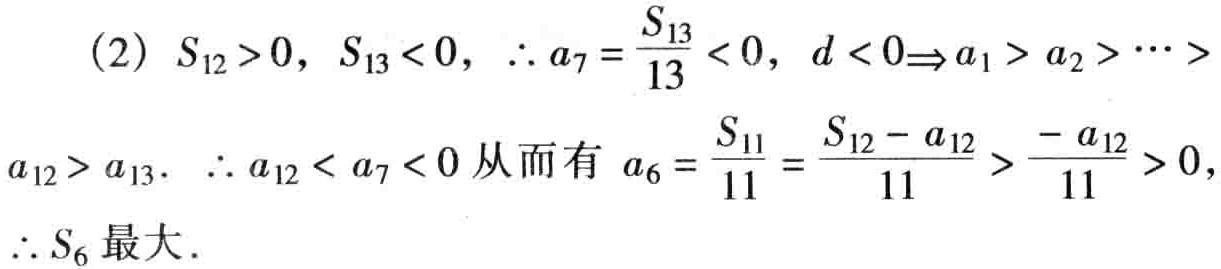
(2) \(S_{12}>0,\ S_{13}<0,\ \therefore a_{7}=\frac{S_{13}}{13}<0,\ d < 0\Rightarrow a_{1}>a_{2}>\cdots>a_{12}>a_{13}.\ \therefore a_{12}<a_{7}<0\) 从而有 \(a_{6}=\frac{S_{11}}{11}=\frac{S_{12}-a_{12}}{11}>\frac{-a_{12}}{11}>0,\ \therefore S_{6}\)最大.